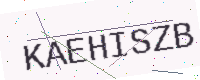
Text: KAEHISZB